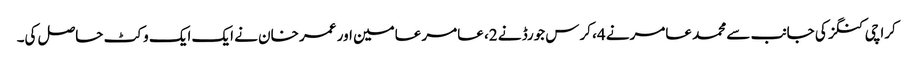
کراچی کنگز کی جانب سے محمد عامرنے 4، کرس جورڈ نے 2، عامر عامین اور عمر خان نے ایک ایک وکٹ حاصل کی۔